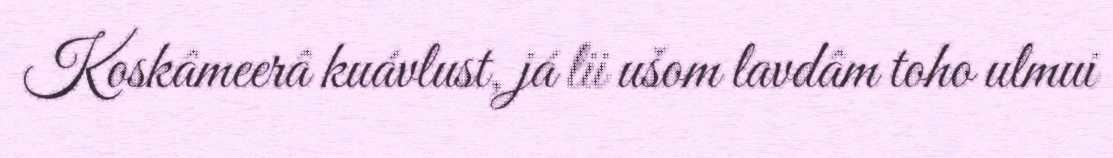
Koskâmeerâ kuávlust, já lii ušom lavdâm toho ulmui